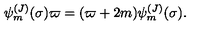
\psi _ { m } ^ { ( J ) } ( \sigma ) \varpi = ( \varpi + 2 m ) \psi _ { m } ^ { ( J ) } ( \sigma ) .